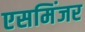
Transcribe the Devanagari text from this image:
एसमिंजर